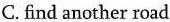
C. find another road